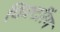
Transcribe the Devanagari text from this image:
विक्टरिंग